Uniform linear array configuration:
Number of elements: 48
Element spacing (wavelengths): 0.5
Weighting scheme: blackman
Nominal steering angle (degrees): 45
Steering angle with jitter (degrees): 46.505
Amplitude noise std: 0.05
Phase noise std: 0.05

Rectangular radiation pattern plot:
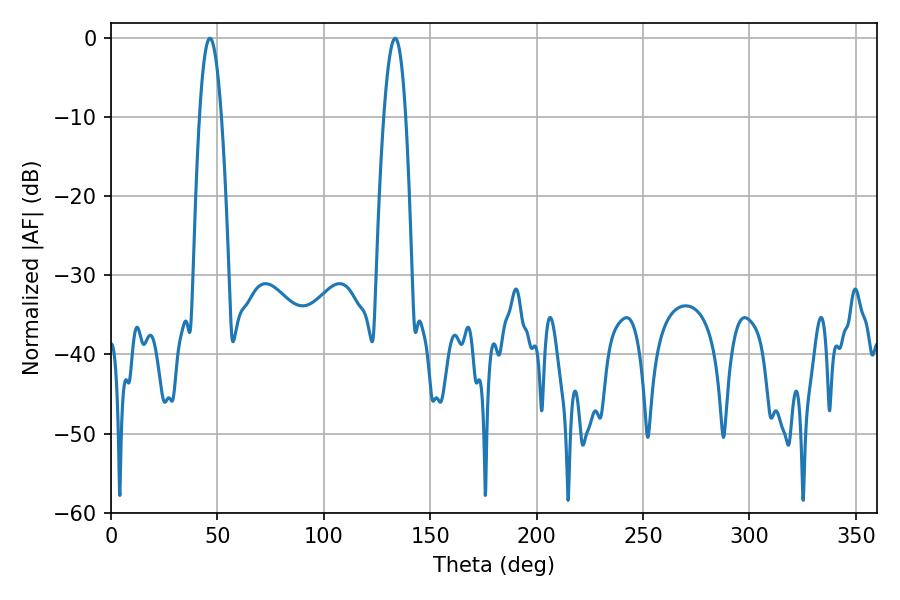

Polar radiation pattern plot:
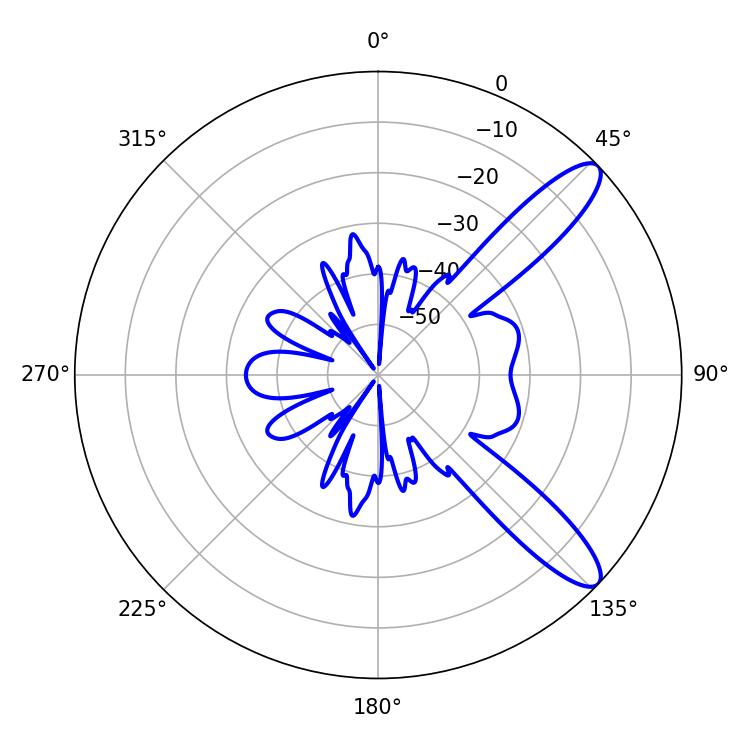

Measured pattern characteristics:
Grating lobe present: FALSE
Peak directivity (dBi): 11.098
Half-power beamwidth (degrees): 5.58
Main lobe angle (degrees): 133.56